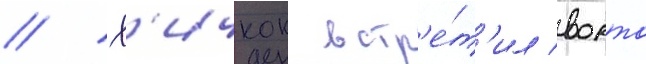
// Х'ичкок встр'е́т'ил ворта